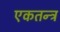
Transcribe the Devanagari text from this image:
एकतन्त्र